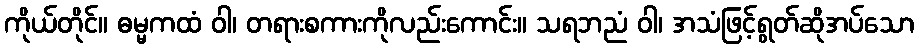
ကိုယ်တိုင်။ ဓမ္မကထံ ဝါ၊ တရားစကားကိုလည်းကောင်း။ သရဘညံ ဝါ၊ အသံဖြင့်ရွတ်ဆိုအပ်သော